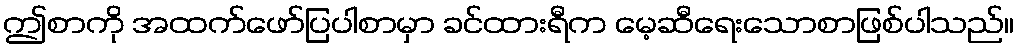
ဤစာကို အထက်ဖော်ပြပါစာမှာ ခင်ထားရီက မေ့ဆီရေးသောစာဖြစ်ပါသည်။